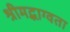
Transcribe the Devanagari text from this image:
श्रीमद्भाग्वता